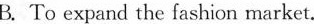
B. To expand the fashion market.